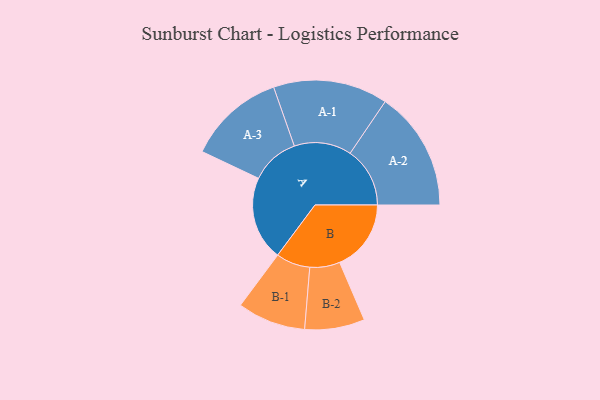
{"axis": {"x": "Segment", "y": "Value"}, "legend": ["", "A", "B"], "data": [{"x": "A", "y": 404, "type": ""}, {"x": "B", "y": 343, "type": ""}, {"x": "A-1", "y": 275, "type": "A"}, {"x": "A-2", "y": 287, "type": "A"}, {"x": "A-3", "y": 233, "type": "A"}, {"x": "B-1", "y": 164, "type": "B"}, {"x": "B-2", "y": 144, "type": "B"}]}